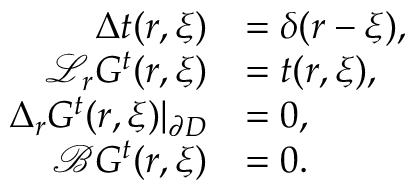
\begin{array} { r l } { \Delta t ( \boldsymbol { r } , \boldsymbol { \xi } ) } & { = \delta ( \boldsymbol { r } - \boldsymbol { \xi } ) , } \\ { \mathcal { L } _ { \boldsymbol { r } } G ^ { t } ( \boldsymbol { r } , \boldsymbol { \xi } ) } & { = t ( \boldsymbol { r } , \boldsymbol { \xi } ) , } \\ { \Delta _ { \boldsymbol { r } } G ^ { t } ( \boldsymbol { r } , \boldsymbol { \xi } ) | _ { \partial D } } & { = 0 , } \\ { \mathcal { B } G ^ { t } ( \boldsymbol { r } , \boldsymbol { \xi } ) } & { = 0 . } \end{array}